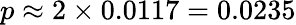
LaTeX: \textstyle p\approx 2\times 0.0117=0.0235